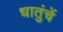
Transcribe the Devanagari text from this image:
धातुंचें